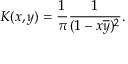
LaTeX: K ( x , y ) = { \frac { 1 } { \pi } } { \frac { 1 } { ( 1 - x { \overline { { y } } } ) ^ { 2 } } } .